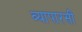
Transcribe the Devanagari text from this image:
व्यापारसी